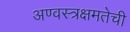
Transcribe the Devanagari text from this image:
अण्वस्त्रक्षमतेची